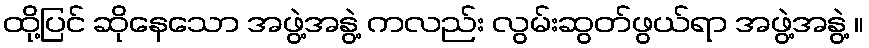
ထို့ပြင် ဆိုနေသော အဖွဲ့အနွဲ့ ကလည်း လွမ်းဆွတ်ဖွယ်ရာ အဖွဲ့အနွဲ့ ။